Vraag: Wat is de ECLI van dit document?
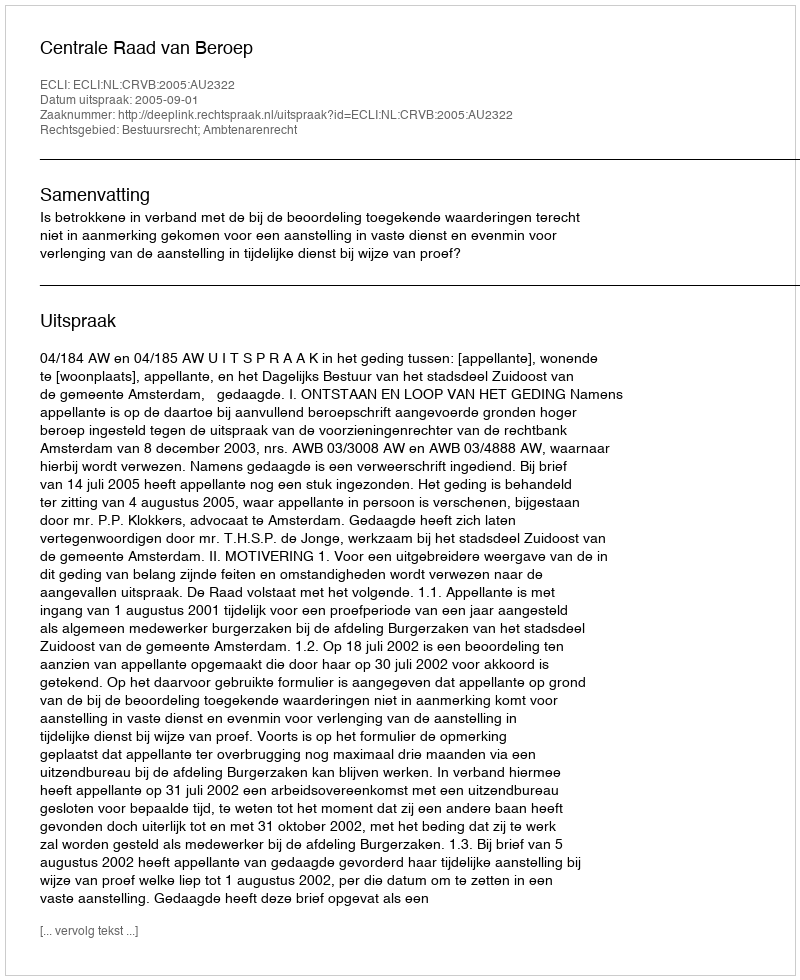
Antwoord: ECLI:NL:CRVB:2005:AU2322